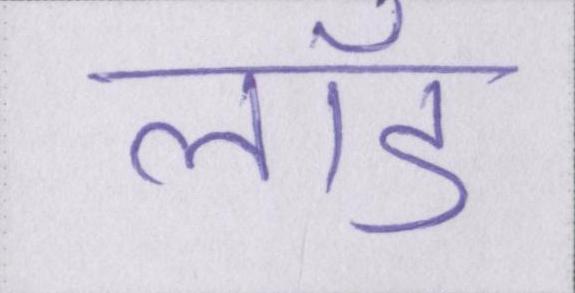
लॉड